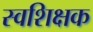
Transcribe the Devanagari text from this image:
स्वशिक्षक